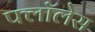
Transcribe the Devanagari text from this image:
फ्लॉलेस